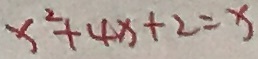
x ^ { 2 } + 4 x + 2 = x